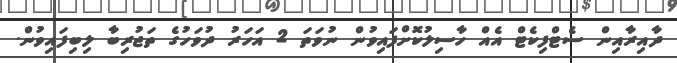
ދާއިރާއިން ސެޓްފިކެޓް އެއް ހާސިލުކޮށްފައިވުން ނުވަތަ 2 އަހަރު ދުވަހުގެ ތަޖުރިބާ ލިބިފައިވުން.